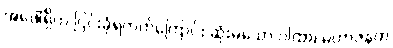
အဖေါ်ရှိက ငြင်းခုံရတတ်ကြောင်း ဆုံးမသော ဂါထာ၊ မဟာဇနက